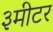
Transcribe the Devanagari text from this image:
३मीटर